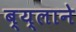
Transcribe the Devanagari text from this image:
ब्य्लाने